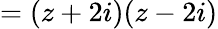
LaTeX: =(z+2i)(z-2i)